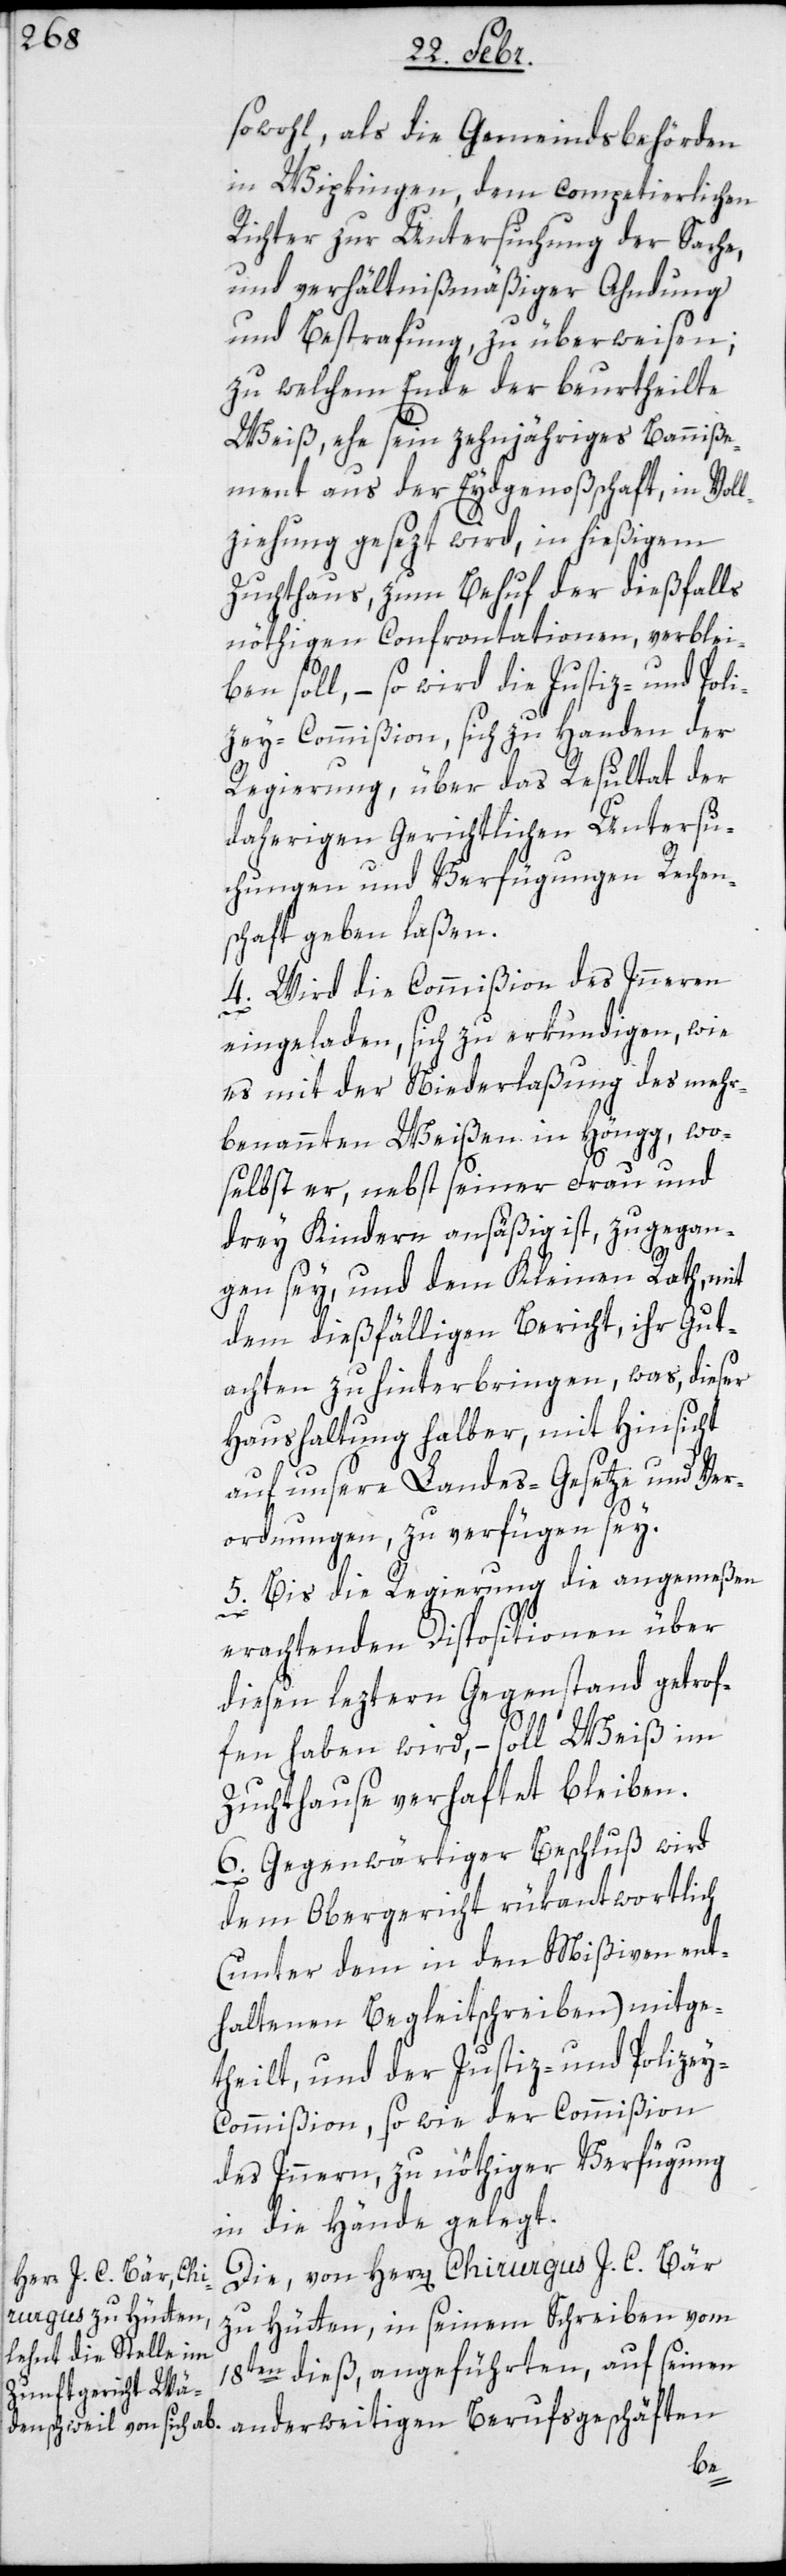
sowohl, als die Gemeindsbehörden
in Wipkingen, dem competierlichen
Richter zur Untersuchung der Sache,
und verhältnismäßiger Ahndung
und Bestrafung zu überweisen;
zu welchem Ende der beurtheilte
Weiß, ehe sein zehnjähriges Banniße¬
ment aus der Eydgenoßenschaft, in Voll¬
ziehung gesezt wird, in hießigem
Zuchthaus zum Behuf der dießfalls
nöthigen Confrontationen, verblei¬
ben soll, – so wird die Justiz- und Poli¬
zey-Commißion, sich zu Handen der
Regierung, über das Resultat der
daherigen Gerichtlichen Untersu¬
chungen und Verfügungen Rechen¬
schaft geben laßen.
4. Wird die Commißion des Inneren
eingeladen, sich zu erkundigen, wie
es mit der Niederlaßung des mehr¬
benannten Weißen in Höngg, wo¬
selbst er, nebst seiner Frau und
drey Kindern ansäßig ist, zugegan¬
gen sey, und dem Kleinen Rath, mit
dem dießfälligen Bericht, ihr Gut¬
achten zu hinterbringen, was, dieser
Haushaltung halber, mit Hinsicht
auf unsere Landes-Gesetze und Ver¬
ordnungen, zu verfügen sey.
5. Bis die Regierung die angemeßen
erachtenden Dispositionen über
diesen leztern Gegenstand getrof¬
fen haben wird, – soll Weiß im
Zuchthaus verhaftet bleiben.
6. Gegenwärtiger Beschluß wird
dem Obergericht rükantwortlich
(unter dem in den Mißiven ent¬
haltenen Begleitschreiben) mitge¬
theilt, und der Justiz- und Polize¬
y-Commißion, sowie der Commißion
des Inneren, zu nöthiger Verfügung
in die Hände gelegt.
Die, von Herrn Chirurgus J. C. Bär
zu Hütten, in seinem Schreiben vom
18ten dieß, angeführten, auf seinen
anderweitigen Berufsgeschäften